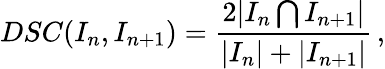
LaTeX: DSC(I_{n},I_{n+1})=\frac{2|I_{n}\bigcap I_{n+1}|}{|I_{n}|+|I_{n+1}|}\, ,